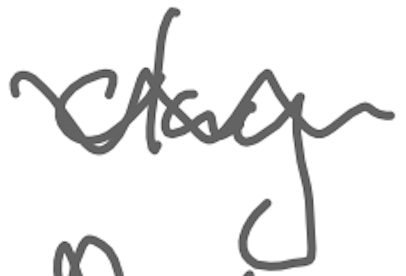
Text: clay
Cross-out: wave
Writing tool: digital_gray